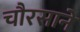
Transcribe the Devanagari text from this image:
चौरसाने